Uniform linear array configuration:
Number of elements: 24
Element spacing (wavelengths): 1
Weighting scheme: binomial
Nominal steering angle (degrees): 0
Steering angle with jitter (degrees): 0.5091
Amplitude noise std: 0.05
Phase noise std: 0.05

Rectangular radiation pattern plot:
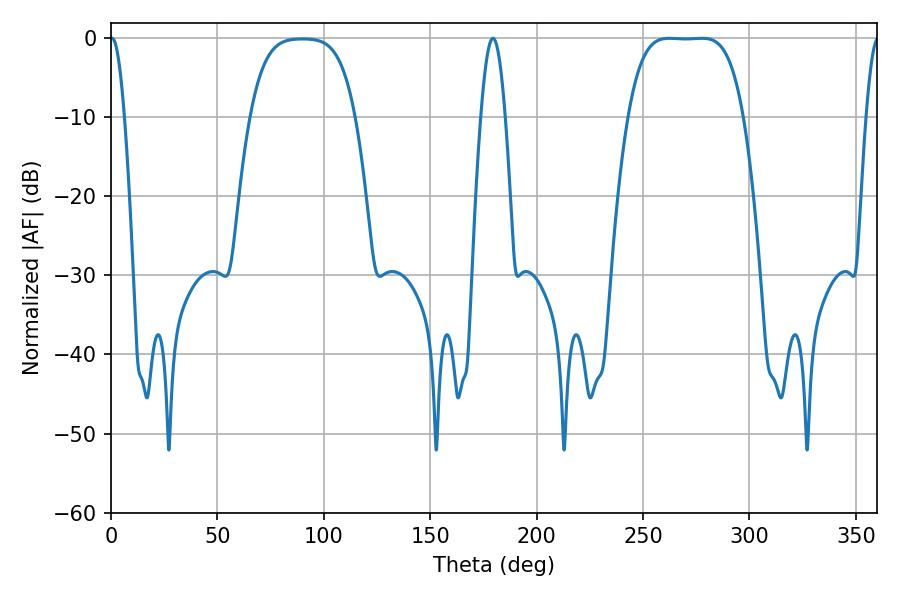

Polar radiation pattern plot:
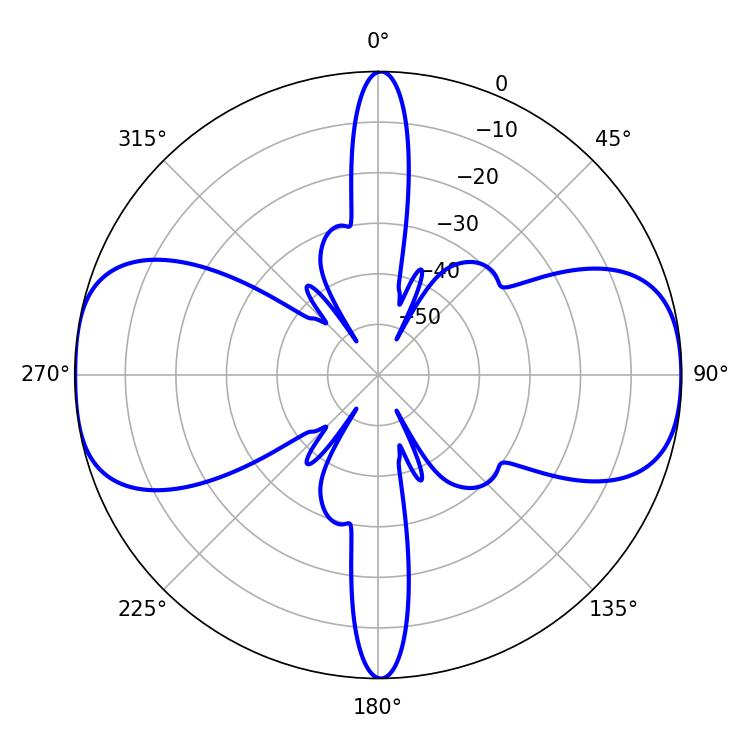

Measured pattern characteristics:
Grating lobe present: TRUE
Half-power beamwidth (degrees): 41.04
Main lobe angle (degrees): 262.26